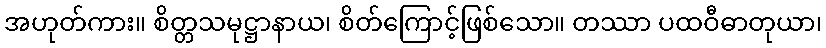
အဟုတ်ကား။ စိတ္တသမုဋ္ဌာနာယ၊ စိတ်ကြောင့်ဖြစ်သော။ တဿာ ပထဝီဓာတုယာ၊